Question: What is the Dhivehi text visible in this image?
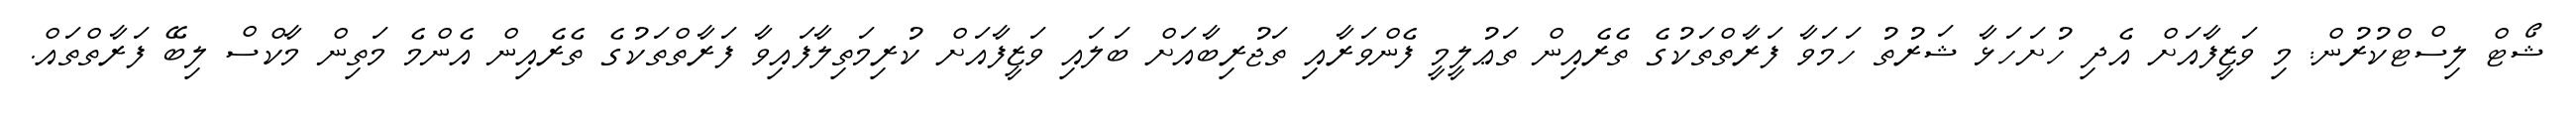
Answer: ޝޯޓް ލިސްޓްކުރުން: މި ވަޒީފާއަށް އެދި ހުށަހަޅާ ޝަރުތު ހަމަވާ ފަރާތްތަކުގެ ތެރެއިން ތަޢުލީމީ ފެންވަރާއި ތަޖުރިބާއަށް ބަލައި ވަޒީފާއަށް ކުރިމަތިލާފައިވާ ފަރާތްތަކުގެ ތެރެއިން އެންމެ މަތިން މާކްސް ލިބޭ ފަރާތްތައް.